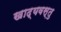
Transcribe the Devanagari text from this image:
खाद्यवस्तु